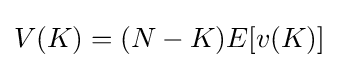
V(K)=(N-K)E[v(K)]